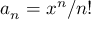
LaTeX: \textstyle a _ { n } = x ^ { n } / n !